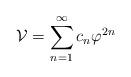
LaTeX: \begin{align*}{\cal V}=\sum\limits_{n=1}^{\infty}c_n\varphi^{2n}\end{align*}